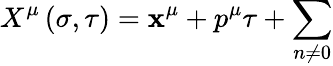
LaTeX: X^{\mu}\left(\sigma,\tau\right)=\mathbf{x}^{\mu}+p^{\mu}\tau+\sum_{n\neq0}